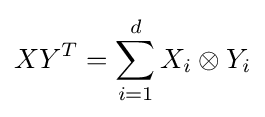
XY^{T}=\sum _{i=1}^{d}X_{i}\otimes Y_{i}